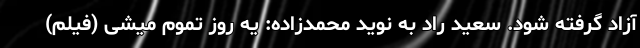
آزاد گرفته شود. سعید راد به نوید محمدزاده: یه روز تموم میشی (فیلم)